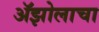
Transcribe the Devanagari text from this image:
ॲझोलाचा